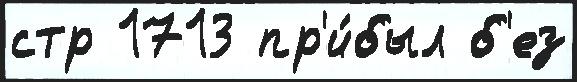
стр 1713 пр'и́был б'ез